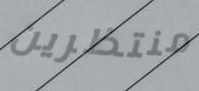
منتظرين